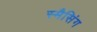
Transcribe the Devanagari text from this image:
स्मैसिंग